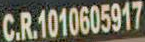
C.R.1010605917